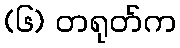
(၆) တရုတ်က